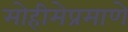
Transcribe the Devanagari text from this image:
मोहीमेप्रमाणे